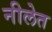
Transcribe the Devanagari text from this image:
नीलेत